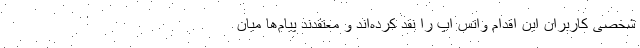
شخصی کاربران این اقدام واتس اپ را نقد کرده‌اند و معتقدند پیام‌ها میان